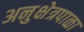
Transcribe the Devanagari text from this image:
अनुक्षेत्रपाळा